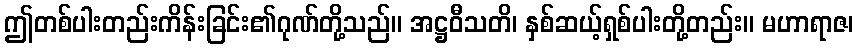
ဤတစ်ပါးတည်းကိန်းခြင်း၏ဂုဏ်တို့သည်။ အဋ္ဌဝီသတိ၊ နှစ်ဆယ့်ရှစ်ပါးတို့တည်း။ မဟာရာဇ၊